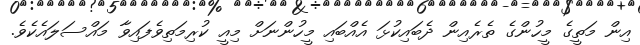
އިން މަތީގެ މީހުންގެ ތެރެއިން ދެބައިކުޅަ އެއްބައި މީހުންނަށް މިއީ ކުރިމަތިވެފައިވާ މައްސަލައެކެވެ.